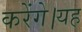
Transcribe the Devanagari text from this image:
करेंगे।यह